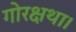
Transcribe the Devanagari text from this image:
गोरक्षथा।